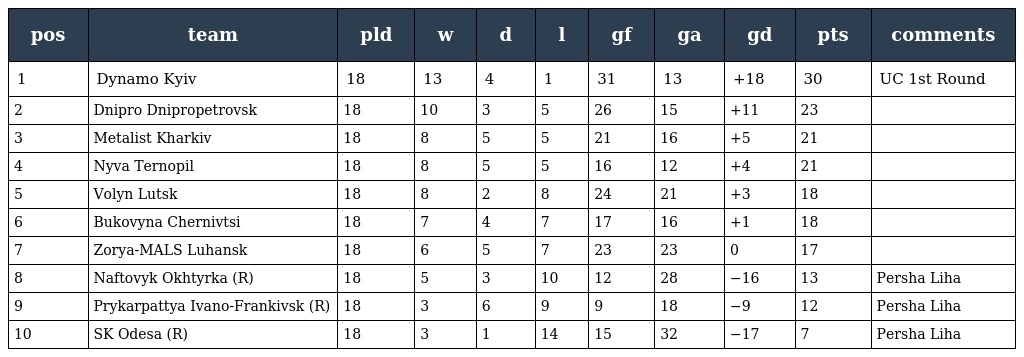
| pos | team | pld | w | d | l | gf | ga | gd | pts | comments |
 | --- | --- | --- | --- | --- | --- | --- | --- | --- | --- | --- |
 | 1 | Dynamo Kyiv | 18 | 13 | 4 | 1 | 31 | 13 | +18 | 30 | UC 1st Round |
 | 2 | Dnipro Dnipropetrovsk | 18 | 10 | 3 | 5 | 26 | 15 | +11 | 23 |  |
 | 3 | Metalist Kharkiv | 18 | 8 | 5 | 5 | 21 | 16 | +5 | 21 |  |
 | 4 | Nyva Ternopil | 18 | 8 | 5 | 5 | 16 | 12 | +4 | 21 |  |
 | 5 | Volyn Lutsk | 18 | 8 | 2 | 8 | 24 | 21 | +3 | 18 |  |
 | 6 | Bukovyna Chernivtsi | 18 | 7 | 4 | 7 | 17 | 16 | +1 | 18 |  |
 | 7 | Zorya-MALS Luhansk | 18 | 6 | 5 | 7 | 23 | 23 | 0 | 17 |  |
 | 8 | Naftovyk Okhtyrka (R) | 18 | 5 | 3 | 10 | 12 | 28 | −16 | 13 | Persha Liha |
 | 9 | Prykarpattya Ivano-Frankivsk (R) | 18 | 3 | 6 | 9 | 9 | 18 | −9 | 12 | Persha Liha |
 | 10 | SK Odesa (R) | 18 | 3 | 1 | 14 | 15 | 32 | −17 | 7 | Persha Liha |